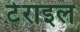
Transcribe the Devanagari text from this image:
टेराइल